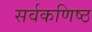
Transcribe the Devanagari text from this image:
सर्वकणिष्ठ